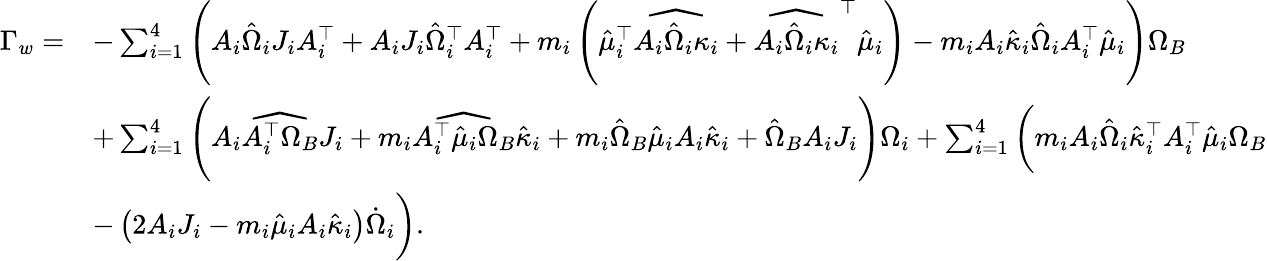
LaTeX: \begin{array}{rl}{\Gamma_{w}=}&{-\sum_{i=1}^{4}\Bigg(A_{i}\hat{\Omega}_{i}J_{i}A_{i}^{\top}+A_{i}J_{i}\hat{\Omega}_{i}^{\top}A_{i}^{\top}+m_{i}\left(\hat{\mu}_{i}^{\top}\widehat{A_{i}\hat{\Omega}_{i}\kappa_{i}}+\widehat{A_{i}\hat{\Omega}_{i}\kappa_{i}}^{\top}\hat{\mu}_{i}\right)-m_{i}A_{i}\hat{\kappa}_{i}\hat{\Omega}_{i}A_{i}^{\top}\hat{\mu}_{i}\Bigg)\Omega_{B}}\\ &{+\sum_{i=1}^{4}\Bigg(A_{i}\widehat{A_{i}^{\top}\Omega_{B}}J_{i}+m_{i}\widehat{A_{i}^{\top}\hat{\mu}_{i}\Omega_{B}}\hat{\kappa}_{i}+m_{i}\hat{\Omega}_{B}\hat{\mu}_{i}A_{i}\hat{\kappa}_{i}+\hat{\Omega}_{B}A_{i}J_{i}\Bigg)\Omega_{i}+\sum_{i=1}^{4}\bigg(m_{i}A_{i}\hat{\Omega}_{i}\hat{\kappa}_{i}^{\top}A_{i}^{\top}\hat{\mu}_{i}\Omega_{B}}\\ &{-\left(2A_{i}J_{i}-m_{i}\hat{\mu}_{i}A_{i}\hat{\kappa}_{i}\right)\dot{\Omega}_{i}\bigg).}\end{array}